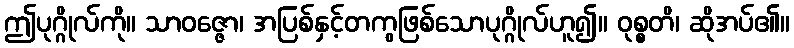
ဤပုဂ္ဂိုလ်ကို။ သာဝဇ္ဇော၊ အပြစ်နှင့်တကွဖြစ်သောပုဂ္ဂိုလ်ဟူ၍။ ဝုစ္စတိ၊ ဆိုအပ်၏။